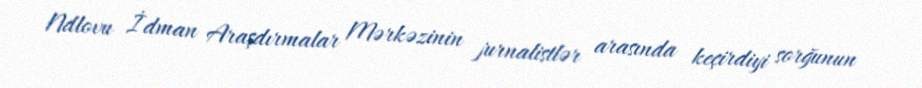
Ndlovu İdman Araşdırmalar Mərkəzinin jurnalistlər arasında keçirdiyi sorğunun